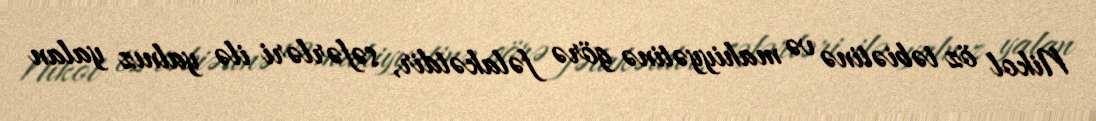
Nikol öz təbiətinə və mahiyyətinə görə fəlakətdir, səfərləri ilə yalnız yalan